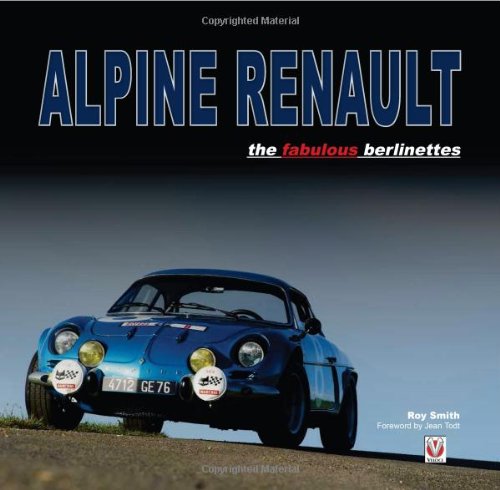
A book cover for Alpine Renault: the fabulous berlinettes; Roy P Smith; Engineering & Transportation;